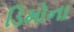
ડિમોના